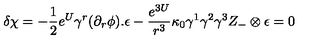
\delta \chi = - { \frac { 1 } { 2 } } e ^ { U } \gamma ^ { r } ( \partial _ { r } \phi ) . \epsilon - { \frac { e ^ { 3 U } } { r ^ { 3 } } } \kappa _ { 0 } \gamma ^ { 1 } \gamma ^ { 2 } \gamma ^ { 3 } Z _ { - } \otimes \epsilon = 0